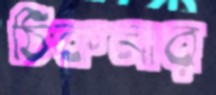
ঠিকনার